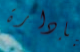
بإدارة